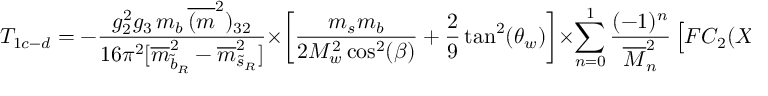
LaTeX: T _ { 1 c - d } = - \frac { g _ { 2 } ^ { 2 } g _ { 3 } \, m _ { b } \, \overline { { { ( m } } } ^ { 2 } ) _ { 3 2 } } { 1 6 \pi ^ { 2 } [ \overline { { { m } } } _ { \widetilde { b } _ { R } } ^ { 2 } - \overline { { { m } } } _ { \widetilde { s } _ { R } } ^ { 2 } ] } \times \left[ \frac { m _ { s } m _ { b } } { 2 M _ { w } ^ { 2 } \cos ^ { 2 } ( \beta ) } + \frac { 2 } { 9 } \tan ^ { 2 } ( \theta _ { w } ) \right] \times \sum _ { n = 0 } ^ { 1 } \frac { ( - 1 ) ^ { n } } { \overline { { { M } } } _ { n } ^ { 2 } } \left[ F C _ { 2 } ( X _ { \widetilde { \mu } _ { n } } ) \right] .